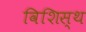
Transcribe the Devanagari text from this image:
विशिस्थ